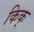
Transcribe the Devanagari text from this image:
किक्